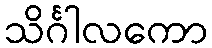
သိင်္ဂါလကော